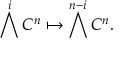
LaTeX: \bigwedge ^ { i } C ^ { n } \mapsto \bigwedge ^ { n - i } C ^ { n } .